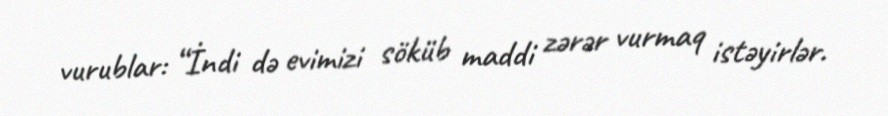
vurublar: “İndi də evimizi söküb maddi zərər vurmaq istəyirlər.